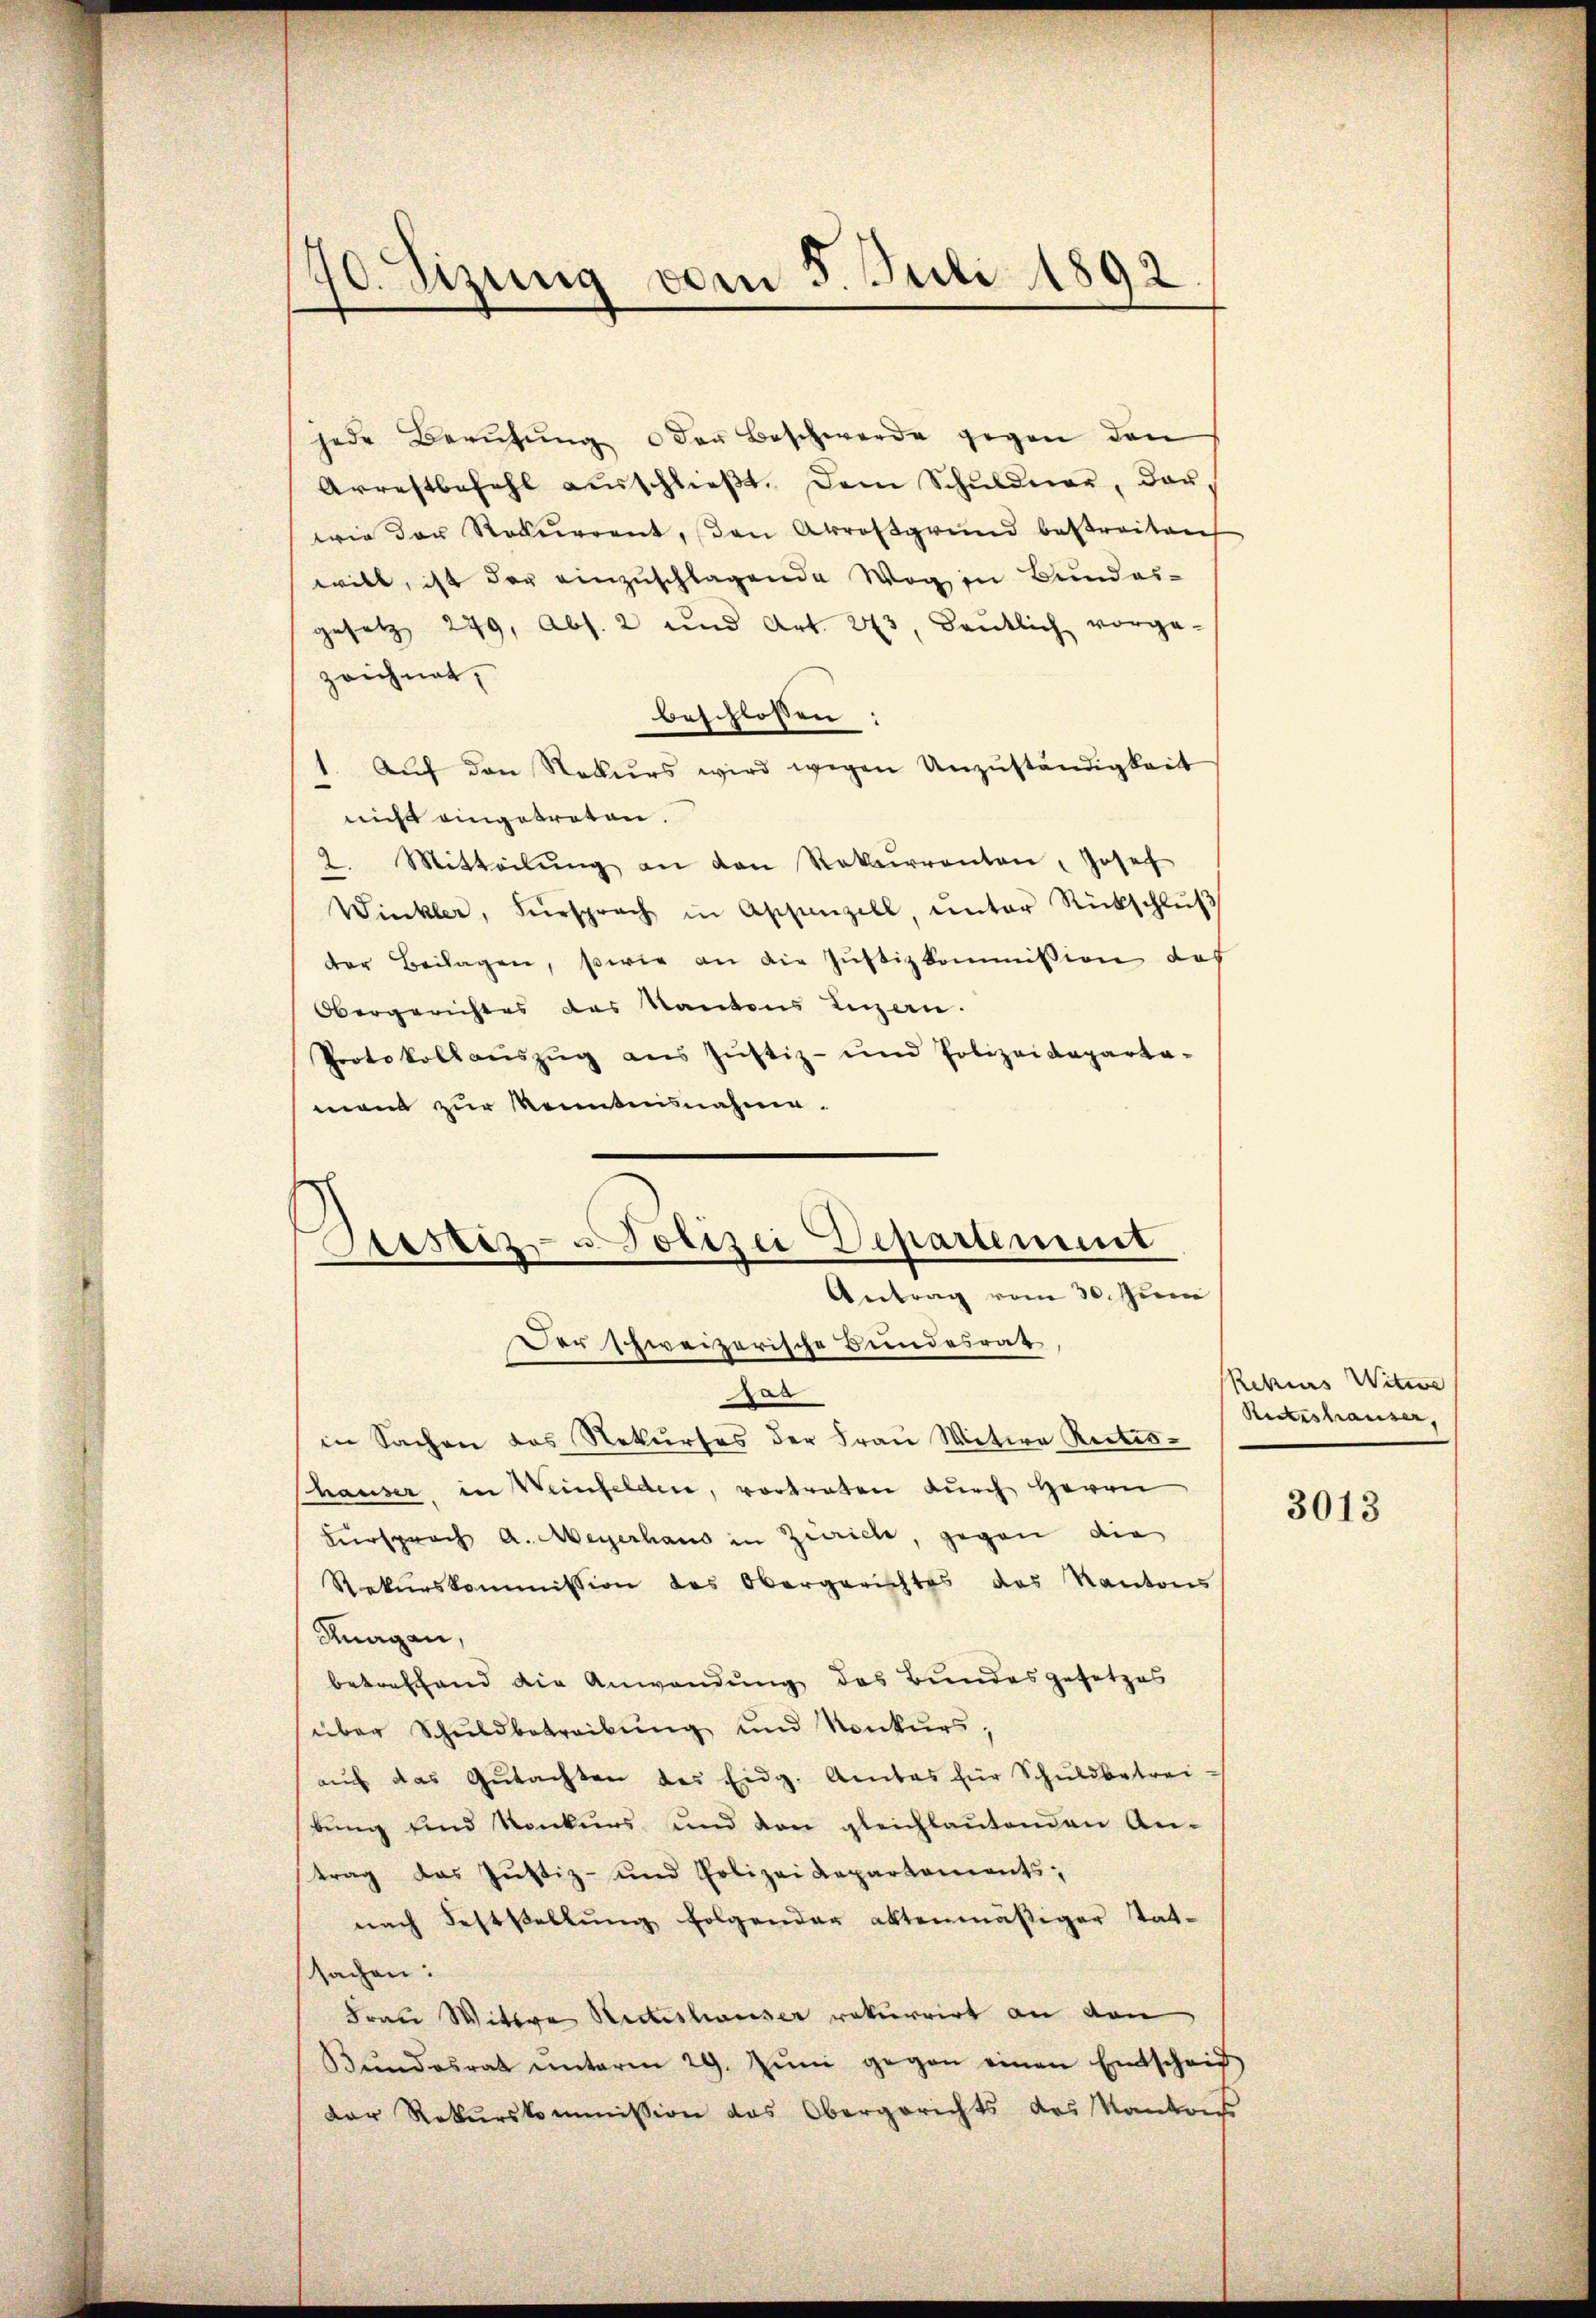
70. Sizung vom 5. Juli 1892

jede Berufung der Beschwerde gegen den
Arrestbefehl ausschlieβt. Dem Schŭldner, dar,
wie der Rekurrent, den Arrosgrund bestreiten
will, ist der einzuschlagende Weg in Bundes-
gesetz 279, Abs. 2 und Art. 273, dentlich vorge-
zeichnet,
beschlossen:
1. Aŭf den Nekurs wird wegen Unzŭständigkeit
nicht eingetreten.
2. Mitteilŭng an den Rekurrenten, Josef
Winkler, Fürsprach in Aschanzell, unter Rückschlŭβ
der Beilagen, sowie an die Justizkommission des
Obergerichtes des Kantons Luzen.
Protokollauszug aus Justiz- und Polizeideparta-
mand zur Kenntnisnahme.
Pas
in Sachen das Rekurses der Fraŭ Witwe Reites-
Phauser in Weinfelden, vortraten durch Herrn
Fürsprach A. Meyerhaus in Zürich, gegen die
Rekurskommission des Obergerichtes des Kantons
Kuagan,
betreffend die Anwendung des Bundesgesetzes
über Schŭldbetreibŭng und Konkŭrs.
aŭf das Gŭtachten des Eidg. Ambas für Schŭldbetrei-
bŭng und Konkŭrs und den gleichlaŭtenden An-
trag das Justiz- und Polizei Repartements,
nach Feststellŭng folgender aktenmäßiger tat-
sachen:
Frau Wittwe Ritteshauser rekurrirt an den
Bŭndesrat ŭnterm 29. Jŭni gegen einen Entscheid
der Rekurskommission das Obergerichts des Kantons

Destiz- u Polizei Departement
Antrag vom 30. Juni
Der schweizerische Bundesrat

Rekurs Witwe
Ritteshauser,

3013